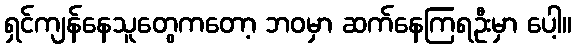
ရှင်ကျန်နေသူတွေကတော့ ဘဝမှာ ဆက်နေကြရဦးမှာ ပေါ့။